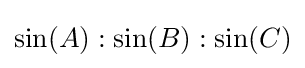
\sin(A):\sin(B):\sin(C)